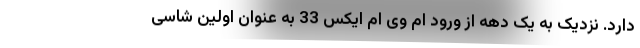
دارد. نزدیک به یک دهه از ورود ام وی ام ایکس 33 به عنوان اولین شاسی